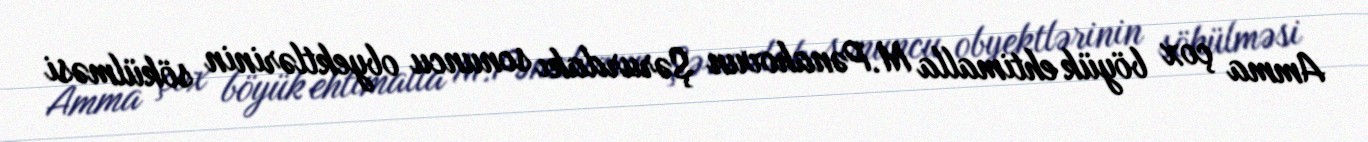
Amma çox böyük ehtimalla M.Pənahovun Şərurdakı sonuncu obyektlərinin sökülməsi